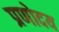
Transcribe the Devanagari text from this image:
प्रणोदय